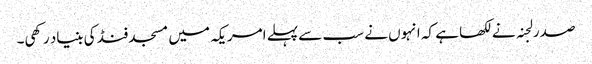
صدر لجنہ نے لکھا ہے کہ انہوں نے سب سے پہلے امریکہ میں مسجد فنڈ کی بنیاد رکھی۔